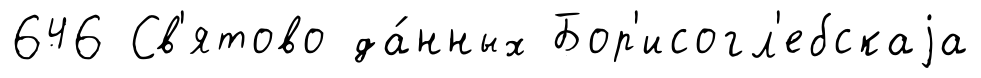
646 Св'ятово да́нных Бор'исогл'ебскаjа